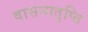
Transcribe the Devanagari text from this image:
वासनातृप्ति